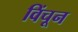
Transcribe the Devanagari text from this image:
विंचून